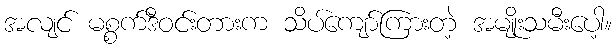
အလျင် မစ္စက်ဒီဝင်းတားက သိပ်ကျော်ကြားတဲ့ အမျိုးသမီးပေါ့။